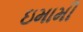
ઇમામી